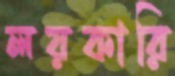
লয়কারি